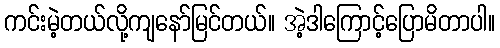
ကင်းမဲ့တယ်လို့ကျနော်မြင်တယ်။ အဲ့ဒါကြောင့်ပြောမိတာပါ။